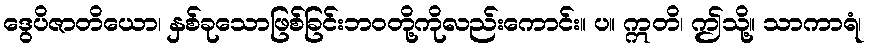
ဒွေပိဇာတိယော၊ နှစ်ခုသောဖြစ်ခြင်းဘဝတို့ကိုလည်းကောင်း။ ပ။ ဣတိ၊ ဤသို့။ သာကာရံ၊